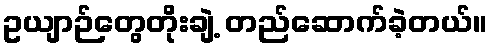
ဥယျာဉ်တွေတိုးချဲ့ တည်ဆောက်ခဲ့တယ်။